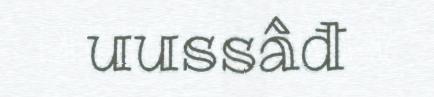
uussâđ